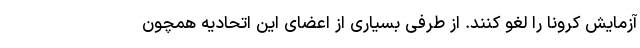
آزمایش کرونا را لغو کنند. از طرفی بسیاری از اعضای این اتحادیه همچون